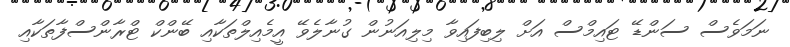
ނަމަވެސް ސަންޑޭ ޓައިމްސް އަށް ލިބިފައިވާ މިލިއަނުން ގުނާލެވޭ އީމެއިލްތަކާއި ބޭންކް ޓްރާންސްފާތަކާއި